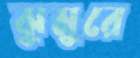
ঝুমুরে